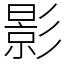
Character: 影